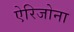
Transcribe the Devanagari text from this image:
ऐरिजोना